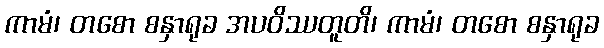
ကာမံ၊ တစော စနှာရုခ အပဝိဿတူတိ၊ ကာမံ၊ တစော စနှာရုခ